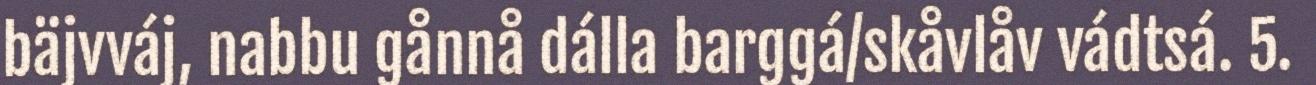
bäjvváj, nabbu gånnå dálla barggá/skåvlåv vádtsá. 5.